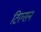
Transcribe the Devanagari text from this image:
टिल्सन